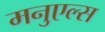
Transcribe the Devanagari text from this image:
मनुएल्स